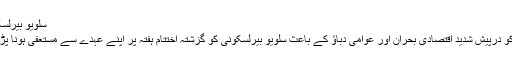
سلویو بیرلسکونی
اٹلی کو درپیش شدید اقتصادی بحران اور عوامی دباؤ کے باعث سلویو بیرلسکونی کو گزشتہ اختتام ہفتہ پر اپنے عہدے سے مستعفی ہونا پڑا تھا۔